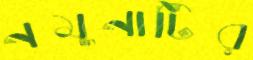
নমুনাটির